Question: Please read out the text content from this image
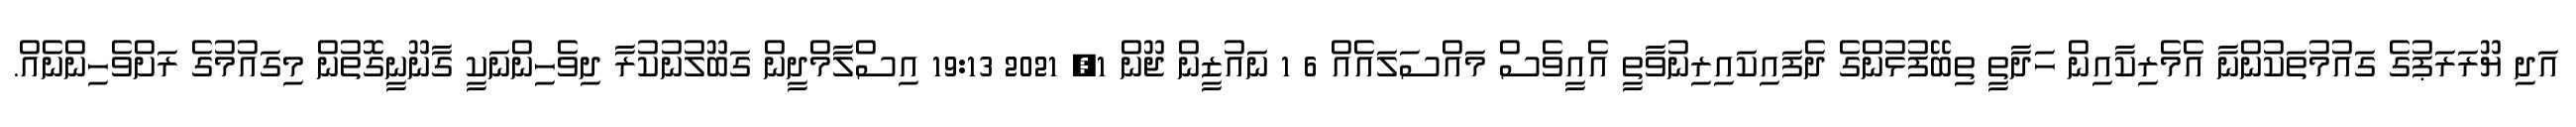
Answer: އަދި ޔޫރަރަޕުގެ ގައުމުތަކުންނާ އެމެރިކާއިން ހަދާތީ ތިބޭފުޅުންގެ ދެފައިކައިރިނުވާތީ އެއީވެސް މައްސަލައެއް 6 1 ނައުޒީން ޖޫން 1, 2021 19:13 އިސްލާމްދީން ގަބޫލުނުކުރާ ދިވެހިންނަކީ ގާނޫނީގޮތުން މިގައުމުގެ ރަށްވެހިންނެއް.